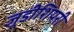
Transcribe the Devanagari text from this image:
जूडीशियरी